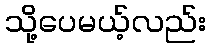
သို့ပေမယ့်လည်း